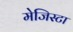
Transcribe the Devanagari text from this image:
मेजिस्टा